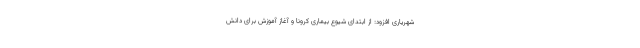
شهریاری افزود: از ابتدای شیوع بیماری کرونا و آغاز آموزش برای دانش